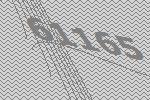
61165